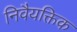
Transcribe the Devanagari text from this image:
निवैयक्तिक